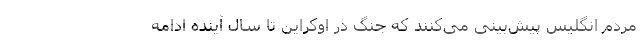
مردم انگلیس پیش‌بینی می‌کنند که جنگ در اوکراین تا سال آینده ادامه